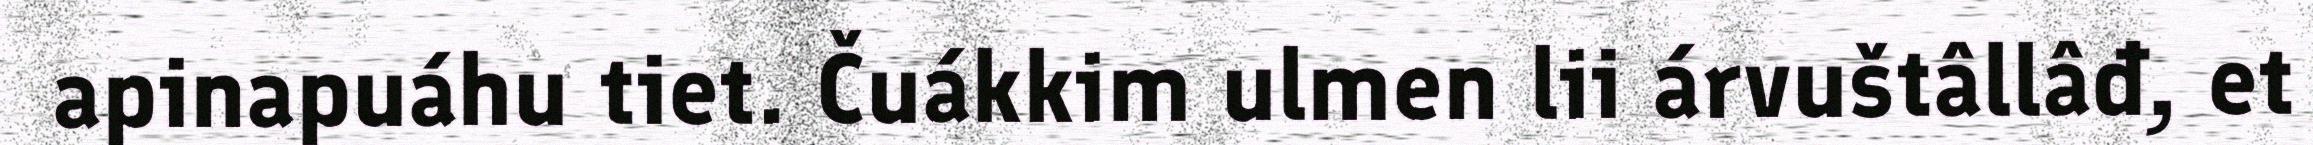
apinapuáhu tiet. Čuákkim ulmen lii árvuštâllâđ, et